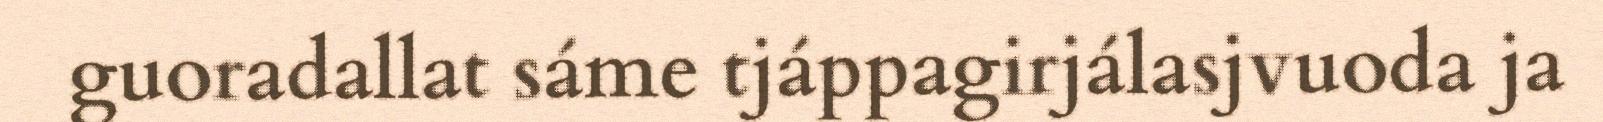
guoradallat sáme tjáppagirjálasjvuoda ja